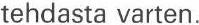
tehdasta varten.